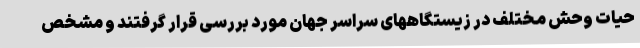
حیات وحش مختلف در زیستگاههای سراسر جهان مورد بررسی قرار گرفتند و مشخص